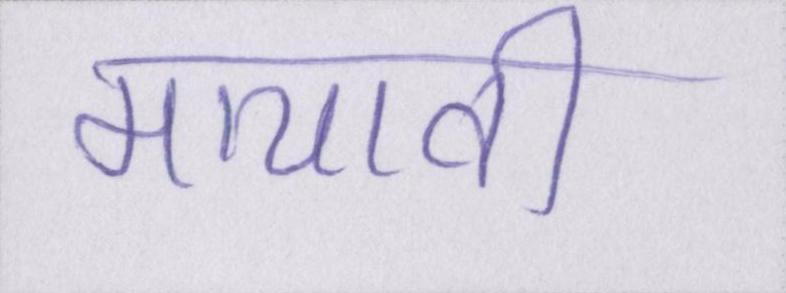
मायावी